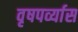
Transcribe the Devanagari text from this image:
वृषपर्व्यास